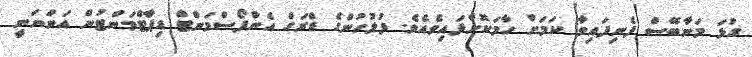
ގުޅަ މަނާބޭސް ފެނިފައިވާ ކަމަށް ހާމަކޮށްފައިވެއެވެ. ފުލުހުންގެ ޑްރަގް އެންފޯސްމަންޓް ޑިޕާޓްމަންޓުން އަންްނަނީ